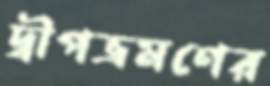
দ্বীপভ্রমণের